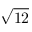
\sqrt { 1 2 }